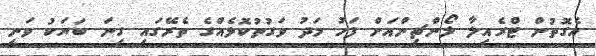
އެގޮތުން ޓްރެއިލާ ލޯންޗިންއަށް ފަހު މަދު ވަގުތުކޮޅެއްގެ ތެރޭގައި ގިނަ ބަޔަކު ވަނީ